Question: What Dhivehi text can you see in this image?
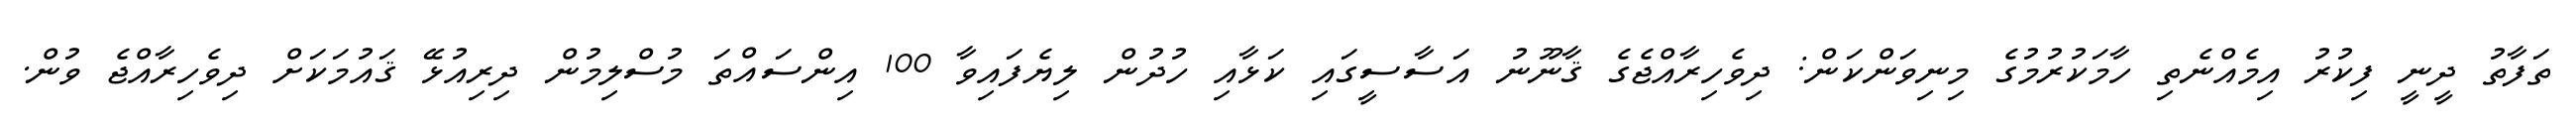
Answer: ތަފާތު ދީނީ ފިކުރު އިމެއްނެތި ހާމަކުރުމުގެ މިނިވަންކަން: ދިވެހިރާއްޖެގެ ޤާނޫނު އަސާސީގައި ކަޅާއި ހުދުން ލިޔެފައިވާ 100 އިންސައްތަ މުސްލިމުން ދިރިއުޅޭ ޤައުމަކަށް ދިވެހިރާއްޖެ ވުން.